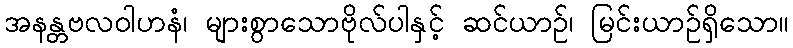
အနန္တဗလဝါဟနံ၊ များစွာသောဗိုလ်ပါနှင့် ဆင်ယာဉ်၊ မြင်းယာဉ်ရှိသော။